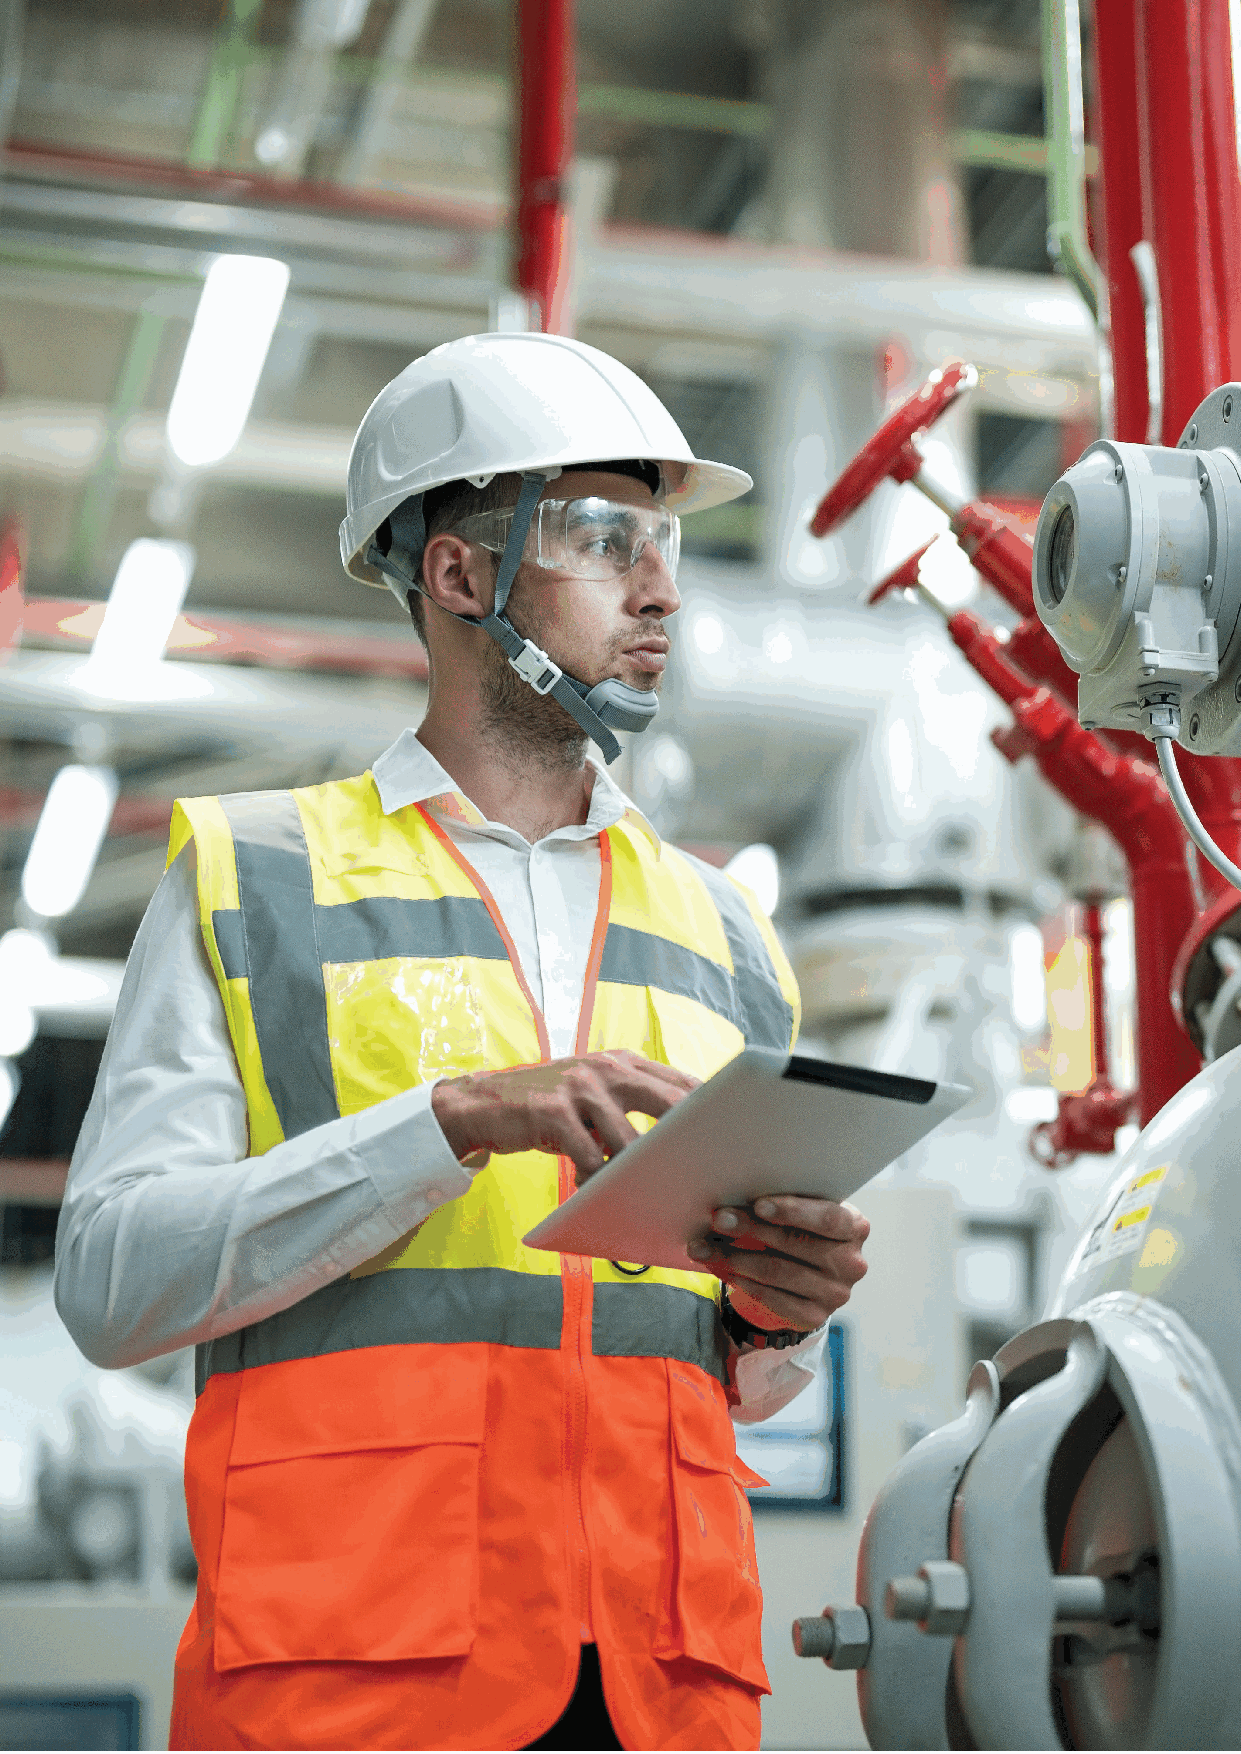
102                                                             F-27878-10
 gnitroppuS
 .11
 noitamrofnI